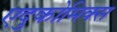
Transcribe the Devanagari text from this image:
एदुकोमिक्स